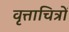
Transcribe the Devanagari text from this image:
वृत्ताचित्रों